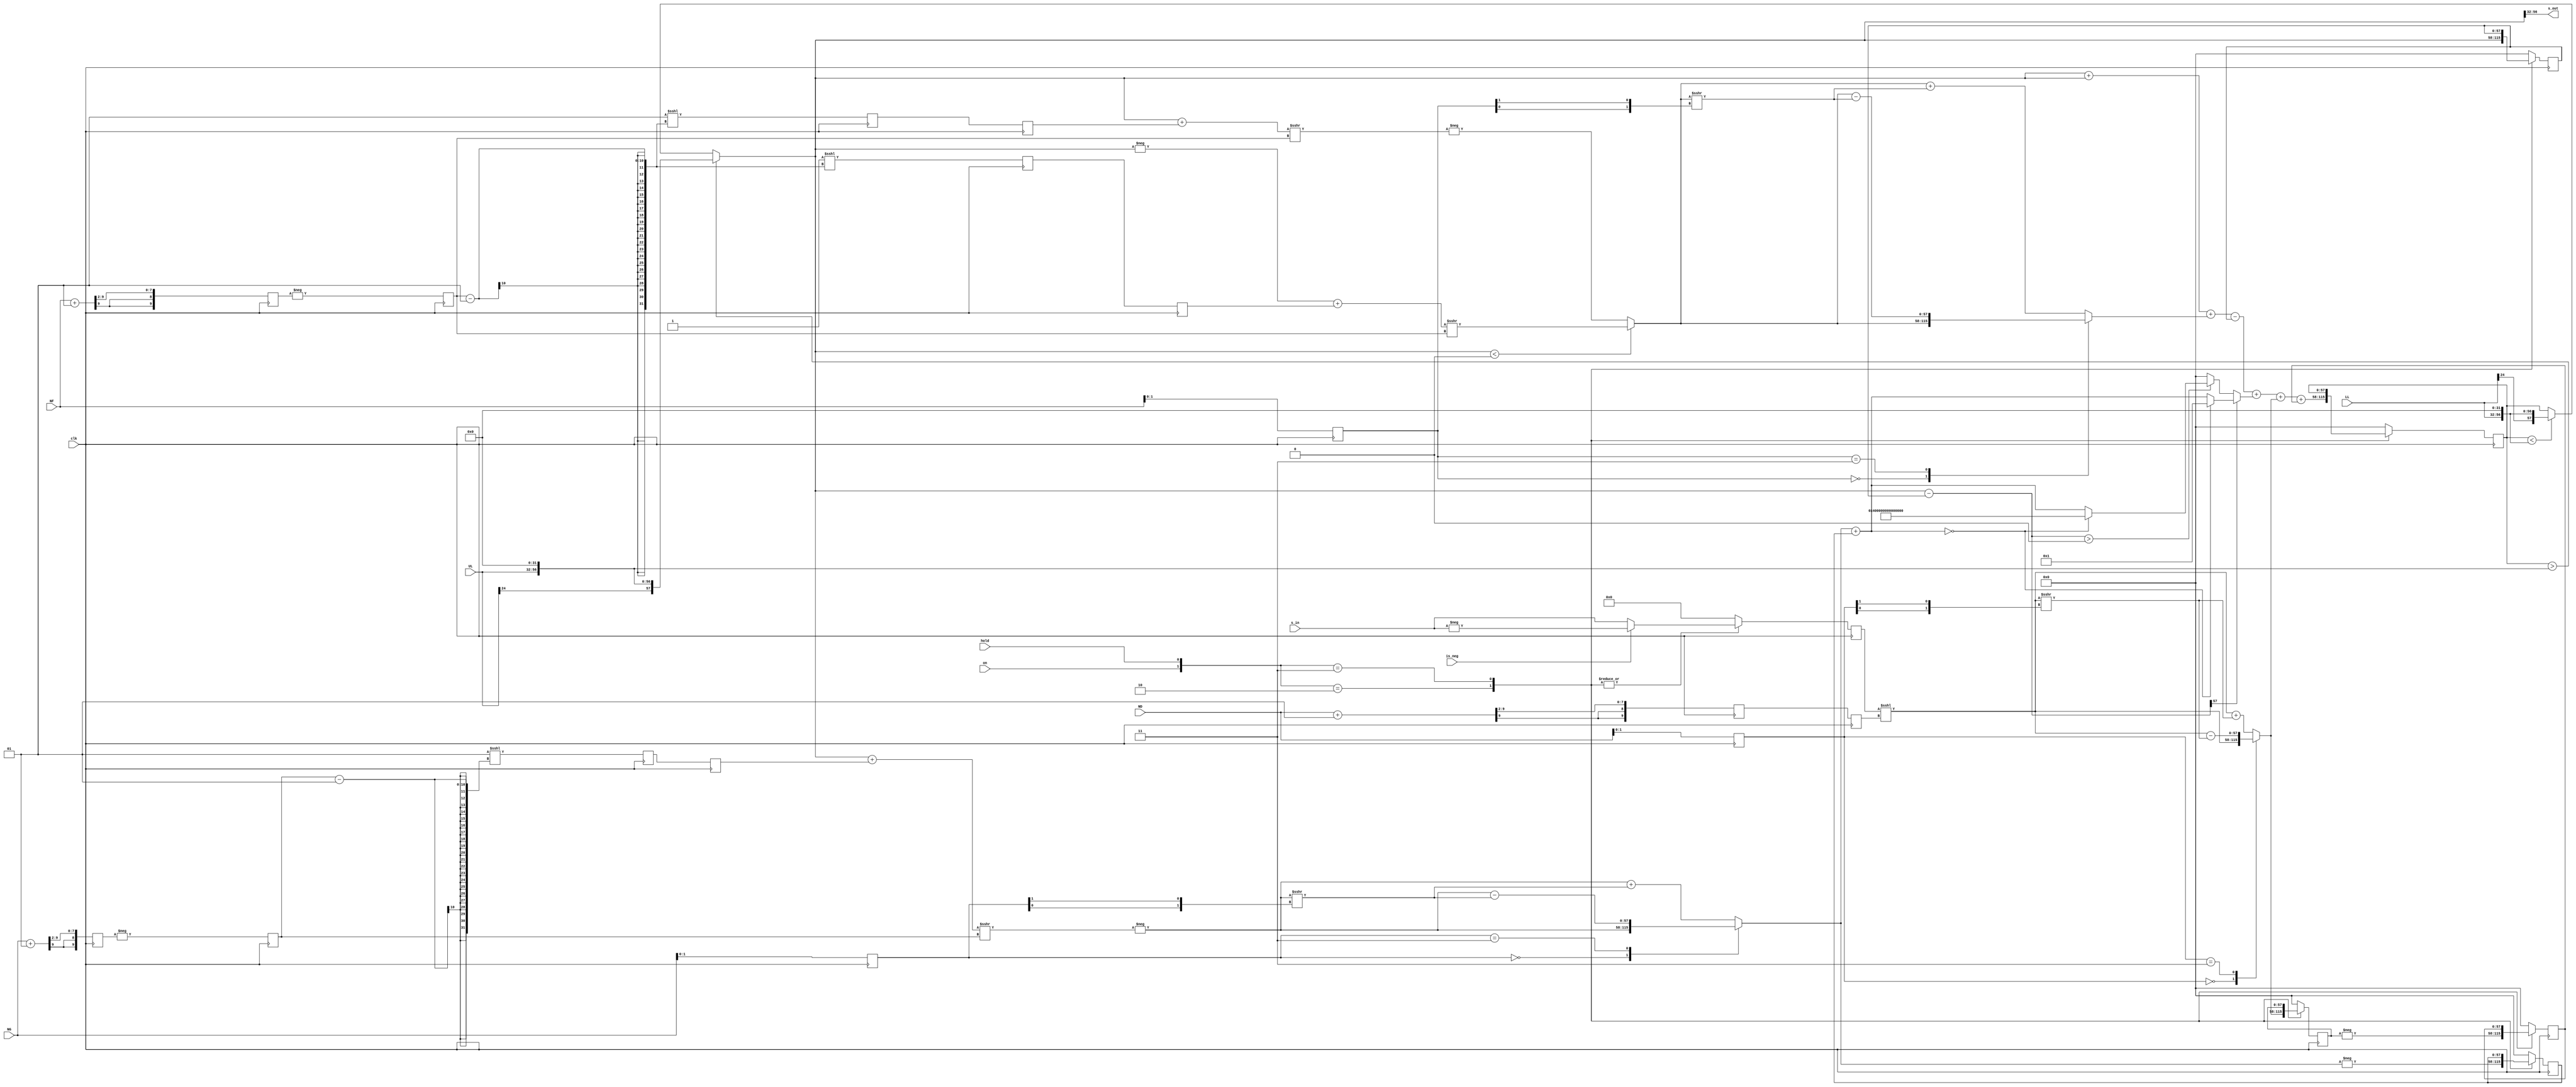
`timescale 1ns / 1ps
//////////////////////////////////////////////////////////////////////////////////
// Module for a 2nd order differential filter with a high-frequency roll-down and adjustable damping.
// It does not have timing margin at 100 MS/s; used here for the low sample-rate temperature servo PID's.
// Hard-coding values has timing margin with [1, 1.25, 1.5, 1.75] resolution for NF and NG.
//
// H_DIFF(s) = (2 PI f0)^2 D s/((2 PI f0)^2 + s(gamma + s))
//
// The differential gain is D = (1+ND[1:0]/4)*2^(ND[9:2])*T/NF, [1, 1.25, 1.5, 1.75]*2^N, where N is an integer.
// The fractions are represented by the 2 LSB's of the input bit shifts, i.e., ND = {N(8 bits), Fractional Bits (2 bits)}.
//
// The high-frequency gain roll-down is f0 = SQRT[(1+NF[1:0]/4)*2^(NF[9:2])]/(2 pi T)/SQRT[1-((1+NG[1:0]/4)*2^(NG[9:2]))/2-((1+NF[1:0]/4)*2^(NF[9:2]))/4]
// and the damping is gamma = ((1+NG[1:0]/4)*2^(NG[9:2]))/T/(1-((1+NG[1:0]/4)*2^(NG[9:2])))/2-((1+NF[1:0]/4)*2^(NF[9:2]))/4).
//
// Normally dy will only decay to zero if dy < 0 because the minimum value of dy >>> bitshift is -1. 
// If dy > 0, dy >>> bitshift truncates to 0, and then dy never reaches zero so the output will continue to increase to the rail or limit. 
// A conditional assignment when dy >>> bitshift is less than 1 LSB make the filter stable. 
// The result is that when dy is small, it decays faster than a linear filter.
//
// The filter has overflow protection, and will hold at LL or UL if the filter exceeds those limits.
//
// Daniel Schussheim and Kurt Gibble
//////////////////////////////////////////////////////////////////////////////////

module DBS#(parameter SIGNAL_SIZE = 25, FB = 32, OVB = 1)(
    // Clock and control signals
    input  wire clk, on, hold, is_neg,
    // Gains
    input  wire signed [9:0] ND, NF, NG,
    // Lower and upper limits
    input  wire signed [SIGNAL_SIZE-1:0] LL, UL,
    // Input and output
    input  wire signed [SIGNAL_SIZE-1:0] s_in,
    output wire signed [SIGNAL_SIZE-1:0] s_out
);

// Function to interpret 2 lsb's as fractional bits representing 0.5 and 0.25.
// Gives [1, 1.25, 1.5, 1.75]*2^N gain precision without using DSP multipliers.
function signed [SIGNAL_SIZE+FB+OVB-1:0] bs;
    input        [1:0]                    fb;
    input signed [SIGNAL_SIZE+FB+OVB-1:0] in;
    begin
        case (fb)
            2'b00:   bs = in                         ;
            2'b11:   bs = in - (in >>> {fb[0],fb[1]});
            default: bs = in + (in >>> {fb[0],fb[1]});           
        endcase
    end
endfunction

// Function to assign new output with limits; if out of range, assign upper/lower limit.
function  signed [SIGNAL_SIZE+FB+OVB-1:0] newOut;
    input signed [SIGNAL_SIZE+FB+OVB-1:0] in0;
    input signed [SIGNAL_SIZE-1:0] upperLimit, lowerLimit;
    reg   signed [SIGNAL_SIZE+FB+OVB-1:0] UL1, LL1;
    begin
        UL1 = upperLimit <<< FB;
        LL1 = lowerLimit <<< FB;
        if      (in0 > UL1) newOut = UL1[SIGNAL_SIZE+FB+OVB-1:0];
        else if (in0 < LL1) newOut = LL1[SIGNAL_SIZE+FB+OVB-1:0]; 
        else                 newOut = in0[SIGNAL_SIZE+FB+OVB-1:0];
    end
endfunction

// Function force dy to zero when dyH is less than 1 LSB so dy doesn't accumulate.
function signed [SIGNAL_SIZE+FB+OVB-1:0] Ddy;
    input signed [SIGNAL_SIZE+FB+OVB-1:0] dy_in, Ddy_in;
        
    begin
        if (dy_in[SIGNAL_SIZE+FB+OVB-1]) begin
            if (Ddy_in == 0) Ddy = 'd1;
            else             Ddy = Ddy_in;
        end
        else if (dy_in > 0) begin
            if (Ddy_in == 0) Ddy = -'d1;
            else             Ddy = Ddy_in;
        end
        else Ddy = 'd0;
    end
endfunction

// Assign fractional bits and the integer bit shift gain.
reg [1:0] bF, bG, bD;
reg signed [9:0] gF, gG, gD;
always @(posedge clk) begin
    // Fractional bits
    bF <= NF[1:0];
    bG <= NG[1:0];
    bD <= ND[1:0];
    // 2^g part of gain and cutoff frequency and damping
    gF <= (NF + 10'sb1) >>> 2;
    gG <= (NG + 10'sb1) >>> 2;
    gD <= (ND + 10'sb1) >>> 2; // This gives the integer bit shift, rounding up for the case of 1.75.
end

// Combine on and hold into one 2-bit control signal for the enable logic. 
wire [1:0] ONHOLD;
assign ONHOLD = {on, hold};
// Declaration of integer bit shifts
reg signed [9:0] sD, sF, sG;
// Input.
reg signed [SIGNAL_SIZE-1:0] x0;

reg  signed [SIGNAL_SIZE+FB+OVB-1:0] y0, y1; // Current output of filter, output from one cycle ago
// dy is the difference of subsequent outputs, and yNew is y0 with the overflow function applied.
wire signed [SIGNAL_SIZE+FB+OVB-1:0] dy, yNew;
assign dy = yNew-y1;

// Limit the filter output.
assign yNew = newOut(y0, UL, LL);
assign s_out = yNew[SIGNAL_SIZE+FB-1:FB];

// Calculate IIR terms
wire signed [SIGNAL_SIZE+FB+OVB-1:0] 
    y0F, y0G, dyG, x0D,
    y0F_int0, y0G_int0, dyG_int0, x0D_int0;
reg signed [SIGNAL_SIZE+FB+OVB-1:0] y1G, x1D, x2D;
// Frequency term, with rounding.
reg signed [SIGNAL_SIZE+FB-1:0] mRnd0 = 0, mRnd = 0, Rnd0 = 0, Rnd = 0;
assign y0F_int0 = (yNew<0)?((-yNew+mRnd)>>>sF):(-((yNew+Rnd)>>>sF)); // This is a right bit shift, negative sF (positive NF) results in 0 for this term.
assign y0F = bs(bF, y0F_int0); // Fractional bits.
// Linewidth term with rounding.
reg signed [SIGNAL_SIZE+FB-1:0] gRnd0 = 0, gRnd = 0;
assign y0G_int0 = -((yNew+gRnd)>>>sG);
assign y0G      = bs(bG, y0G_int0);
assign dyG_int0 = y0G+y1G;
// This conditional assignment makes dy decay to zero when the bit shifted dy is small, otherwise the output keeps accumulating.
assign dyG      = Ddy(dy, dyG_int0);
// If sD < 0, the term below is zero.
assign x0D_int0 = x0<<<sD;
assign x0D      = bs(bD, x0D_int0); // Fractional bits

always @(posedge clk) begin
    // Calculate the total bit shifts
    // Flip sign on right bit shifts; a more negative NF gives a smaller cut-off frequency, and a more negative NG gives smaller damping.
    sF <= -gF; 
    sG <= -gG; 
    sD <=  gD;
    // Pipeline rounding
    mRnd0 <= -1<<<(sF-1);
    mRnd <= mRnd0;
    Rnd0 <= 1<<<(sF-1);
    Rnd <= Rnd0;
    gRnd0 <= 1<<<(sG-1);
    gRnd <= gRnd0;
    // Bit-shift-add to get next filter output from new input and previous inputs and outputs
    case(ONHOLD)
        // If filter is on and not holding:
        2'b10: begin
            // Retain input and output values. IF for filter sign.
            if (is_neg) x0 <= -s_in;
            else        x0 <=  s_in;
            x1D <= x0D;
            x2D <= -x1D;
            y1G <= -y0G;
            ////// GENERATE NEXT OUTPUT \\\\\\\\\\\\
            // a0 = 2-sF-sG, a2 = -1+sG, 
            // b0 = sD*sF/2, b1 = 0, b2 = -sD*sF/2
            y0 <= yNew + yNew + y0F - y1 + dyG + x0D + x2D;
            // Retain old output
            y1 <= yNew;
        end
        // If filter is on and holding:
        2'b11: begin
            // Retain input and output values. if for filter sign.
            if (is_neg) x0 <= -s_in;
            else        x0 <=  s_in;
            x1D <= x1D;
            x2D <= x2D;
            y1G <= y1G;
            y0  <= y0; 
            y1  <= y1;
        end
        // If not on, output zeros
        default: begin
            x0  <= 'd0;
            x1D <= 'd0;
            x2D <= 'd0;
            y1G <= 'd0;
            y0  <= 'd0;
            y1  <= 'd0;
        end
    endcase
end
    
endmodule